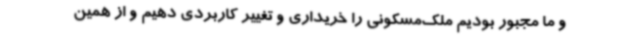
و ما مجبور بودیم ملک‌مسکونی را خریداری و تغییر کاربردی دهیم و از همین